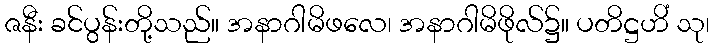
ဇနီး ခင်ပွန်းတို့သည်။ အနာဂါမိဖလေ၊ အနာဂါမိဖိုလ်၌။ ပတိဋ္ဌဟိံ သု၊